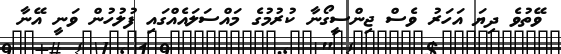
ވޭތުވެ ދިޔަ އަހަރު ވެސް ޖިންސީގޯނާ ކުރުމުގެ މައްސަލައެއްގައި ފުލުހުން ވަނީ އޭނާ